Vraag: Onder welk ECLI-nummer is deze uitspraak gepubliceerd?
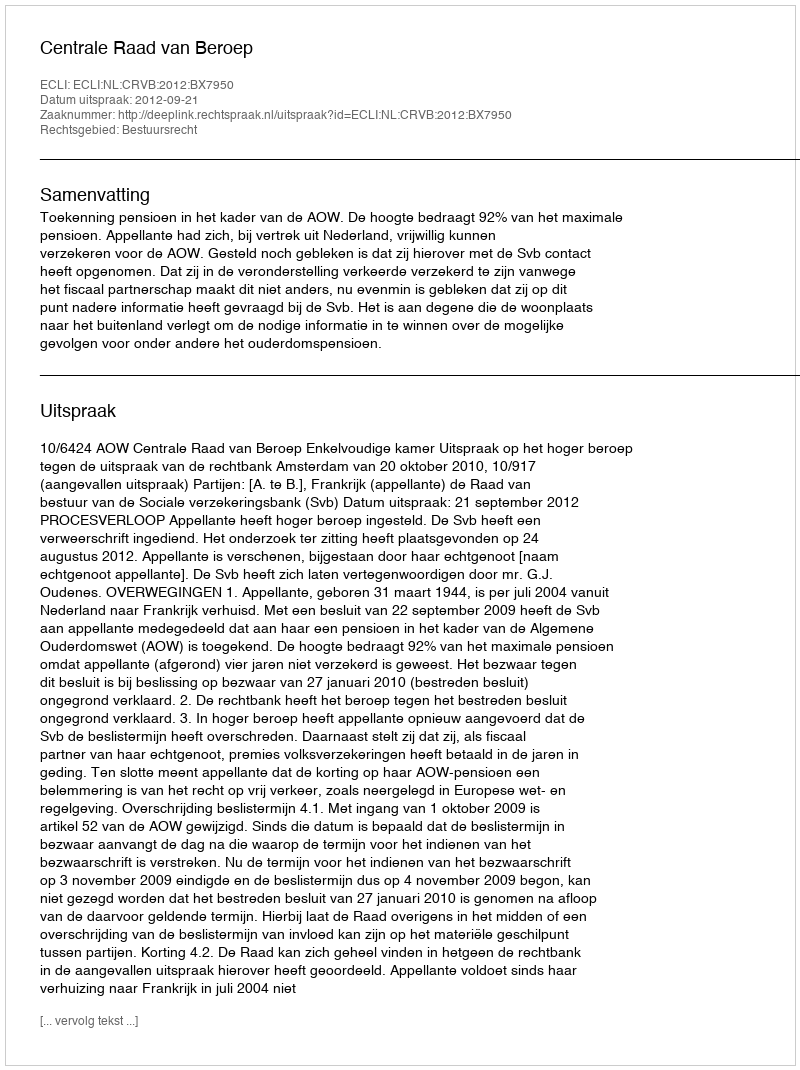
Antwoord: ECLI:NL:CRVB:2012:BX7950